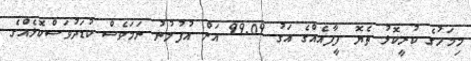
މިމަހުގެ ކުރީކޮޅު ތެޔޮ ފީފާއެއްގެ އަގު 99.09 އަށް އުފުލުނު ނަމަވެސް ކުޑަދުވަސްކޮޅެއްގެ